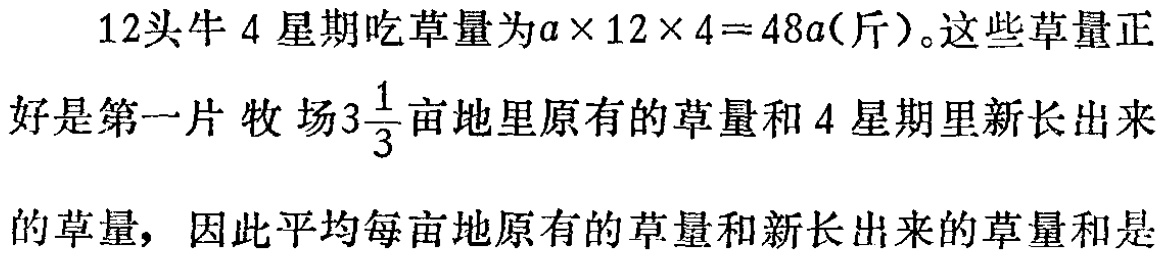
12头牛4星期吃草量为\(a\times 12\times 4 = 48a\)（斤）。这些草量正好是第一片牧场\(3\frac{1}{3}\)亩地里原有的草量和4星期里新长出来的草量，因此平均每亩地原有的草量和新长出来的草量和是